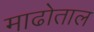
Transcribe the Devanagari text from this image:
माढोताल